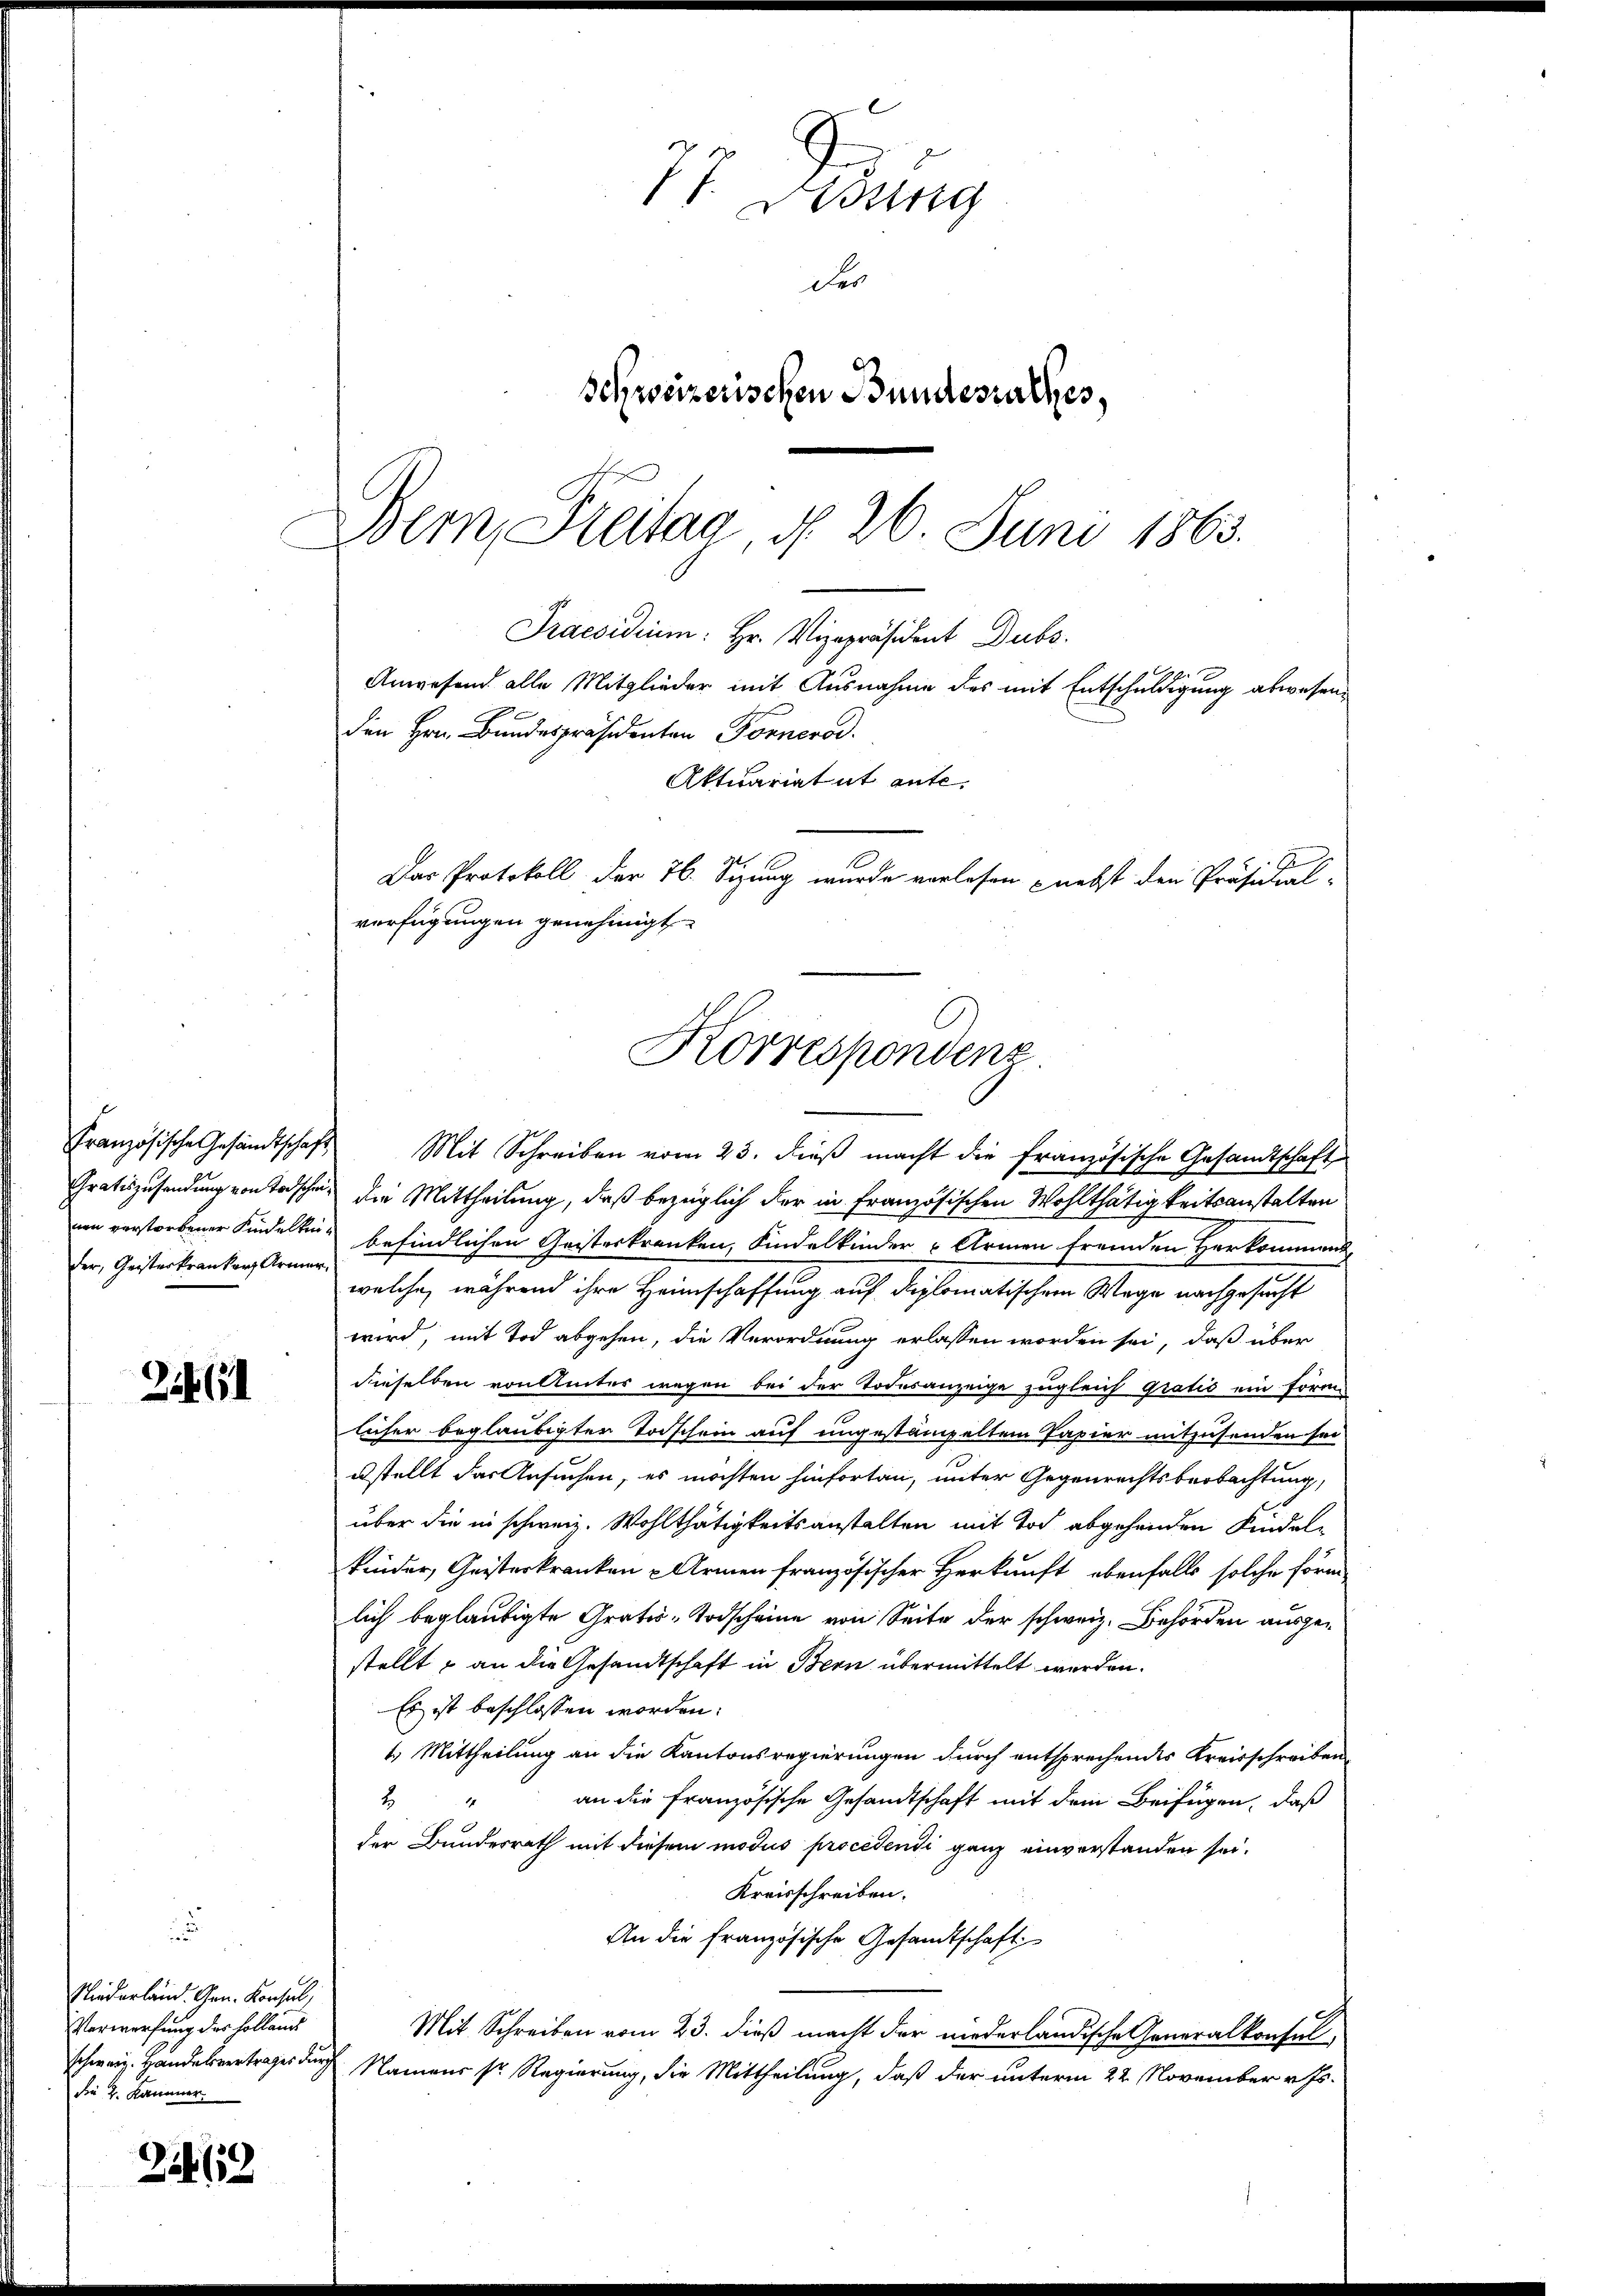
der, Geisterkranker Armer,

Zit61

Niederland. Gen. Konsul,
Verwerfung der Hollauss
die 4. Kammer.

2162

Französische Gesandtschaft Mit Schreiben vom 23. dieß macht die französische Gesandtschaft
Gratiszusendung von Todschen, die Mittheilung, daß bezüglich der in französischen Wohlthätigkeitsanstalten
nen verstorbener Kindelten befindlichen Geisterkranken, Kindelkinder Armen fremden Herkommens,
welche, während ihre Heimschaffung auf diplomatischem Wege nachgesucht
wird, mit Tod abgehen, die Verordnung erlassen worden sei, daß über
dieselben von liter wegen bei der Todesanzeige zugleich Gratio ein förmlicher beglaubigter Todschein auf ungestampeltem Papier mitzusenden sei
usstellt das Gesuchen, es möchten hinfortan, unter Gegenrechtsbeobachtung,
über die in schweiz. Wohlthätigkeitsanstalten mit Tod abgehenden Kindelkinder, Geisterkranken - Armen französischer Herkunft, ebenfalls solche förm
lich beglaubigte Gratis-Todscheine von Seite der schweiz. Behörden ausgestellt, an die Gesandtschaft in Bern übermittelt werden.
Es ist beschlossen worden.
1. Mittheilung an die Kantonsregierungen durch entsprechendes Kreisschreiben
an die Französische Gesandtschaft mit dem Beifügen, daß
2
der Bundesrath mit diesem modus procedendi ganz einverstanden sei.
Kreisschreiben.
An die französische Gesandtschaft
Mit Schreiben vom 23. dieß macht der niederländische Generalkonsul,
schweiz. Handelsvertrages durch Namen sr Regierung, die Mittheilung, daß der unterm 22. November v. Js.

77. Aug
des
Schweizerischen Bundesrathes,
Bern, Freitag, d. 26. Juni 1863.

Praesidium: Hr. Vizepräsident Dubs.
Anwesend alle Mitglieder mit Ausnahme des mit Entschuldigung abwesenden Hrn. Bundespräsidenten Fornerod
Aktuariatut ante.
Das Protokoll der 76. Sizung wurde verlesen nebst den Präsidial-
verfügungen genehmigt
Korrespondenz.